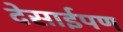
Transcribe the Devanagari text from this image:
देसाईपण